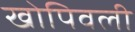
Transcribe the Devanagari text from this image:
खोपिवली